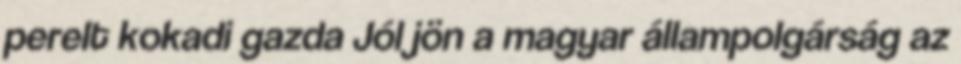
perelt kokadi gazda Jól jön a magyar állampolgárság az